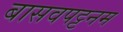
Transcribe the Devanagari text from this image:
बासवपट्टनम